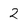
Character: 2